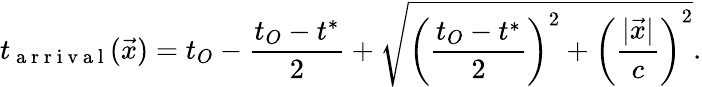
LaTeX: t_{\mathrm{~a~r~r~i~v~a~l~}}(\vec{x})=t_{O}-\frac{t_{O}-t^{*}}{2}+\sqrt{\left(\frac{t_{O}-t^{*}}{2}\right)^{2}+\left(\frac{|\vec{x}|}{c}\right)^{2}}.